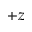
+ z